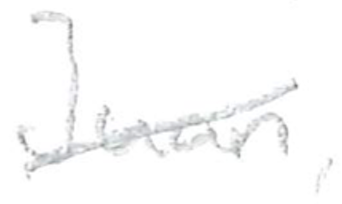
Text: Juan,
Cross-out: diagonal
Writing tool: pencil